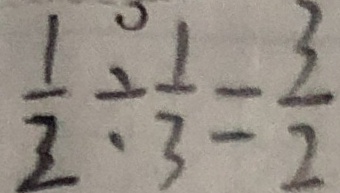
\frac { 1 } { 2 } \div \frac { 1 } { 3 } = \frac { 3 } { 2 }